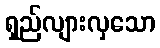
ရှည်လျားလှသော